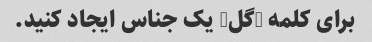
برای کلمه "گل" یک جناس ایجاد کنید.